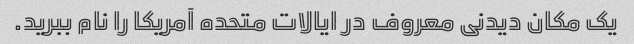
یک مکان دیدنی معروف در ایالات متحده آمریکا را نام ببرید.